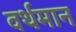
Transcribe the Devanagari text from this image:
वर्थमान